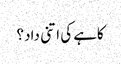
کاہے کی اتنی داد؟